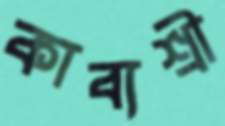
কাব্যশ্রী